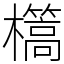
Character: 㰏